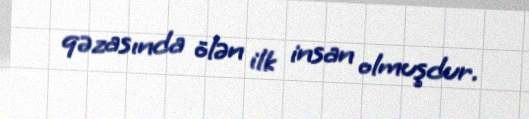
qəzasında ölən ilk insan olmuşdur.